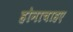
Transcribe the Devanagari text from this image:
होनाचाहए